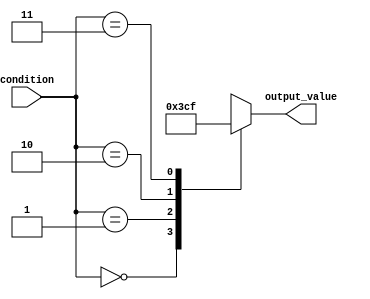
module generate_case(
    input [1:0] condition,
    output reg [3:0] output_value
);

always @(*)
begin
    case(condition)
        2'b00: output_value = 4'b0000;
        2'b01: output_value = 4'b0011;
        2'b10: output_value = 4'b1100;
        2'b11: output_value = 4'b1111;
    endcase
end

endmodule